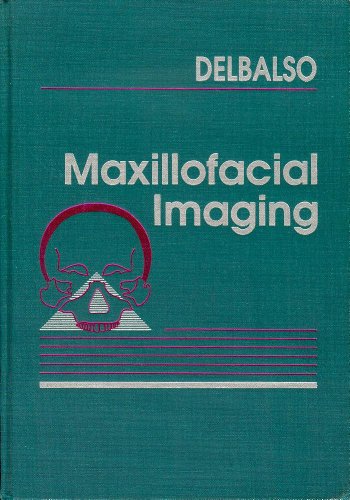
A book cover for Maxillofacial Imaging; Delbalso; Medical Books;